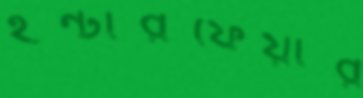
ইন্টারফেয়ার